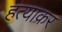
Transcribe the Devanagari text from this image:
हत्याकर